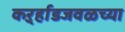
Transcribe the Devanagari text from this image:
कर्ऱ्हाडजवळच्या